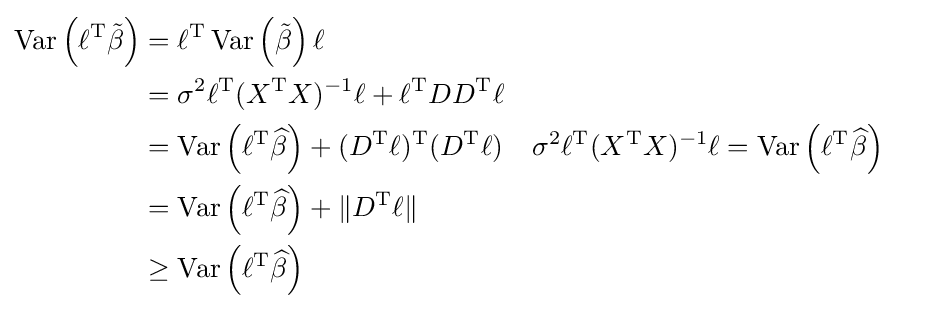
{\begin{aligned}\operatorname {Var} \left(\ell ^{\operatorname {T} }{\tilde {\beta }}\right)&=\ell ^{\operatorname {T} }\operatorname {Var} \left({\tilde {\beta }}\right)\ell \\&=\sigma ^{2}\ell ^{\operatorname {T} }(X^{\operatorname {T} }X)^{-1}\ell +\ell ^{\operatorname {T} }DD^{\operatorname {T} }\ell \\&=\operatorname {Var} \left(\ell ^{\operatorname {T} }{\widehat {\beta }}\right)+(D^{\operatorname {T} }\ell )^{\operatorname {T} }(D^{\operatorname {T} }\ell )&&\sigma ^{2}\ell ^{\operatorname {T} }(X^{\operatorname {T} }X)^{-1}\ell =\operatorname {Var} \left(\ell ^{\operatorname {T} }{\widehat {\beta }}\right)\\&=\operatorname {Var} \left(\ell ^{\operatorname {T} }{\widehat {\beta }}\right)+\|D^{\operatorname {T} }\ell \|\\&\geq \operatorname {Var} \left(\ell ^{\operatorname {T} }{\widehat {\beta }}\right)\end{aligned}}